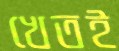
খেতই